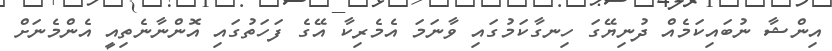
އިންޝާ ނުބައިކަމެއް ދުނިޔޭގަ ހިނގާކަމުގައި ވާނަމަ އެމެރިކާ އޭގެ ފަހަތުގައި އޮންނާނެތިއީ އެންމެނަށް